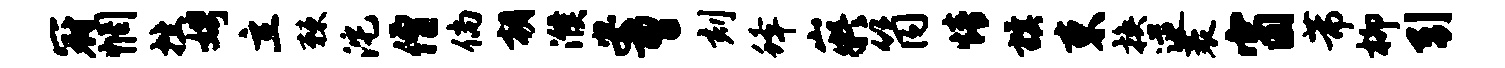
冠惘挫娉立棘沱僧倘朝濮安曹刻蜂嶷筒情旗束换逆袤窗芾柳引